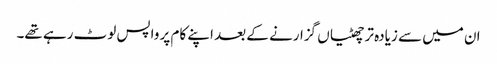
ان میں سے زیادہ تر چھٹیاں گزارنے کے بعد اپنے کام پر واپس لوٹ رہے تھے۔